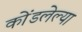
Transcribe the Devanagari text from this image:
कोंडलेल्या